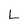
Character: L